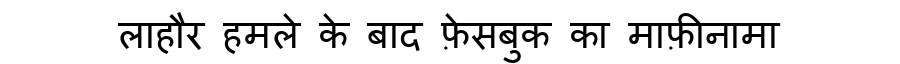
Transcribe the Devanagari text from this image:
लाहौर हमले के बाद फ़ेसबुक का माफ़ीनामा